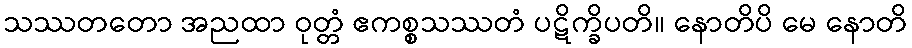
သဿတတော အညထာ ဝုတ္တံ ဧကစ္စသဿတံ ပဋိက္ခိပတိ။ နောတိပိ မေ နောတိ